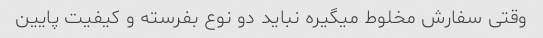
وقتی سفارش مخلوط میگیره نباید دو نوع بفرسته و کیفیت پایین